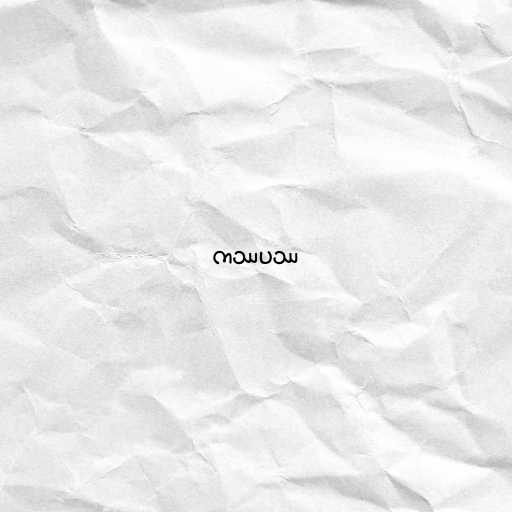
ကဿပဿ